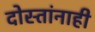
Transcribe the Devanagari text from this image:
दोस्तांनाही